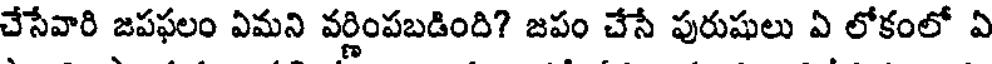
చేసేవారి జపఫలం ఏమని వర్ణింపబడింది? జపం చేసే పురుషులు ఏ లోకంలో ఏ